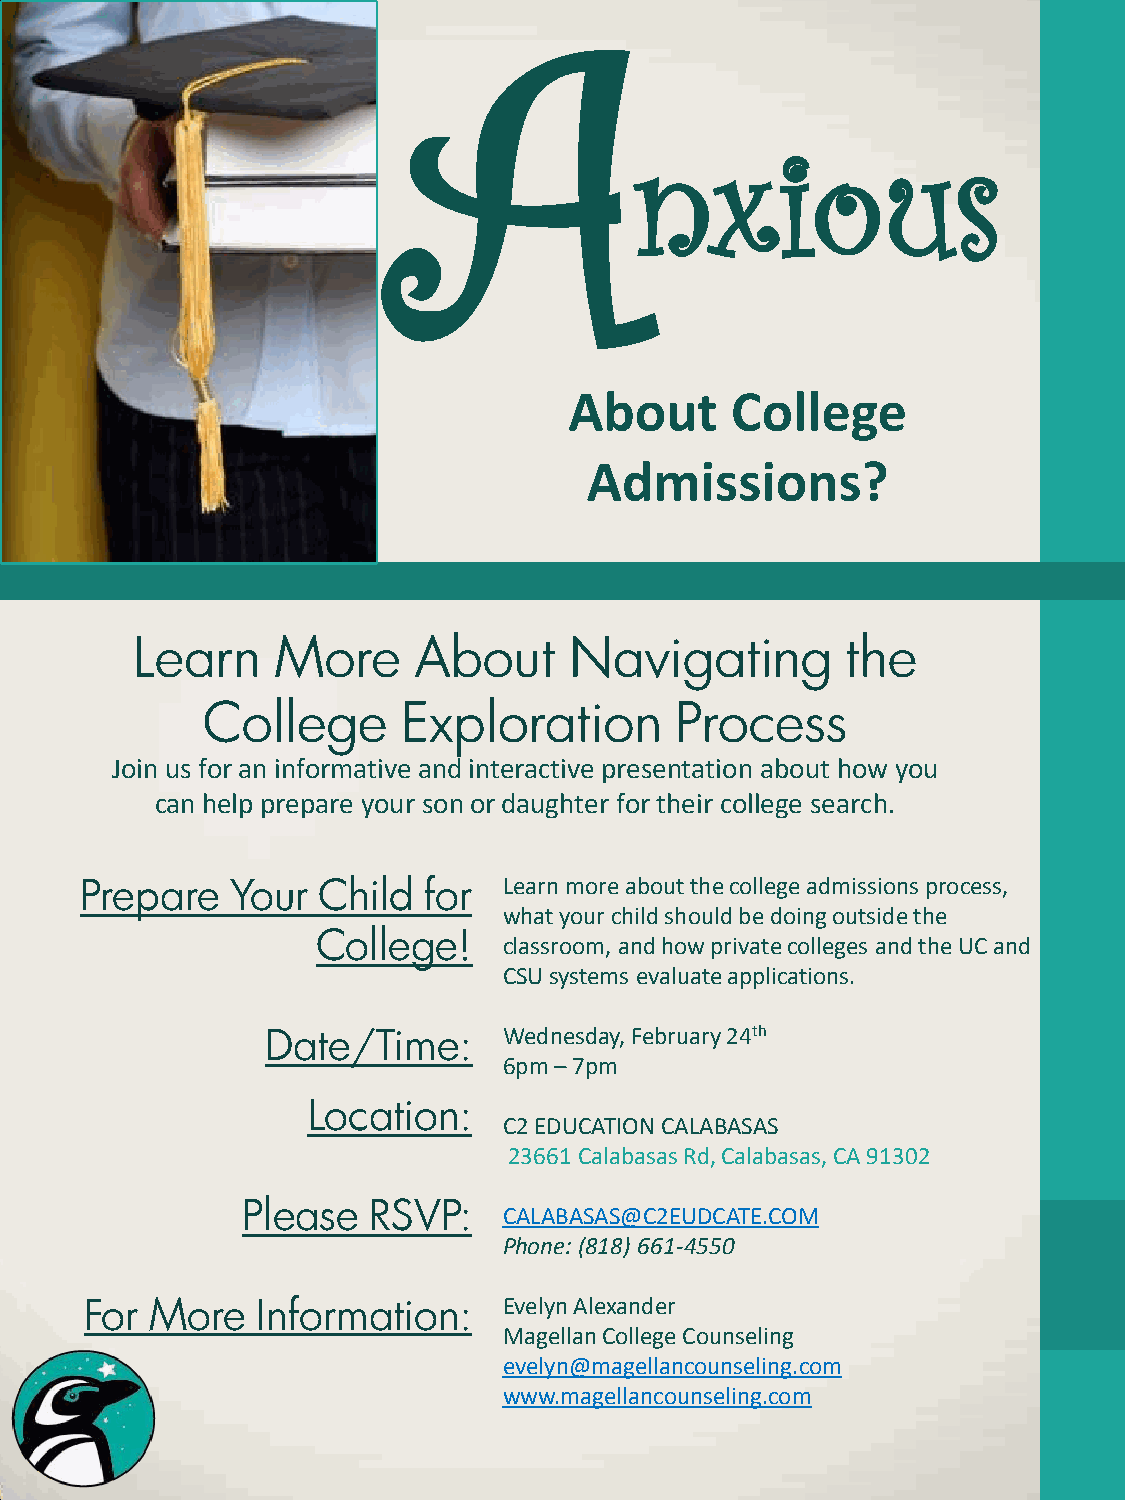
A
 nxious
 About     College
 Admissions?
 Learn    More     About      Navigating        the
 College       Exploration       Process
 Join us for an informative and interactive presentation about how you
 can help prepare your son or daughter for their college search.
 Learn more about the college admissions process,
 Prepare   Your  Child  for
 what your child should be doing outside the
 College!    classroom, and how private colleges and the UC and
 CSU systems evaluate applications.
 Wednesday, February 24th
 Date/Time:
 6pm – 7pm
 Location:
 C2 EDUCATION CALABASAS
 23661 Calabasas Rd, Calabasas, CA 91302
 Please  RSVP:    CALABASAS@C2EUDCATE.COM
 Phone: (818) 661-4550
 Evelyn Alexander
 For More   Information:
 Magellan College Counseling
 evelyn@magellancounseling.com
 www.magellancounseling.com